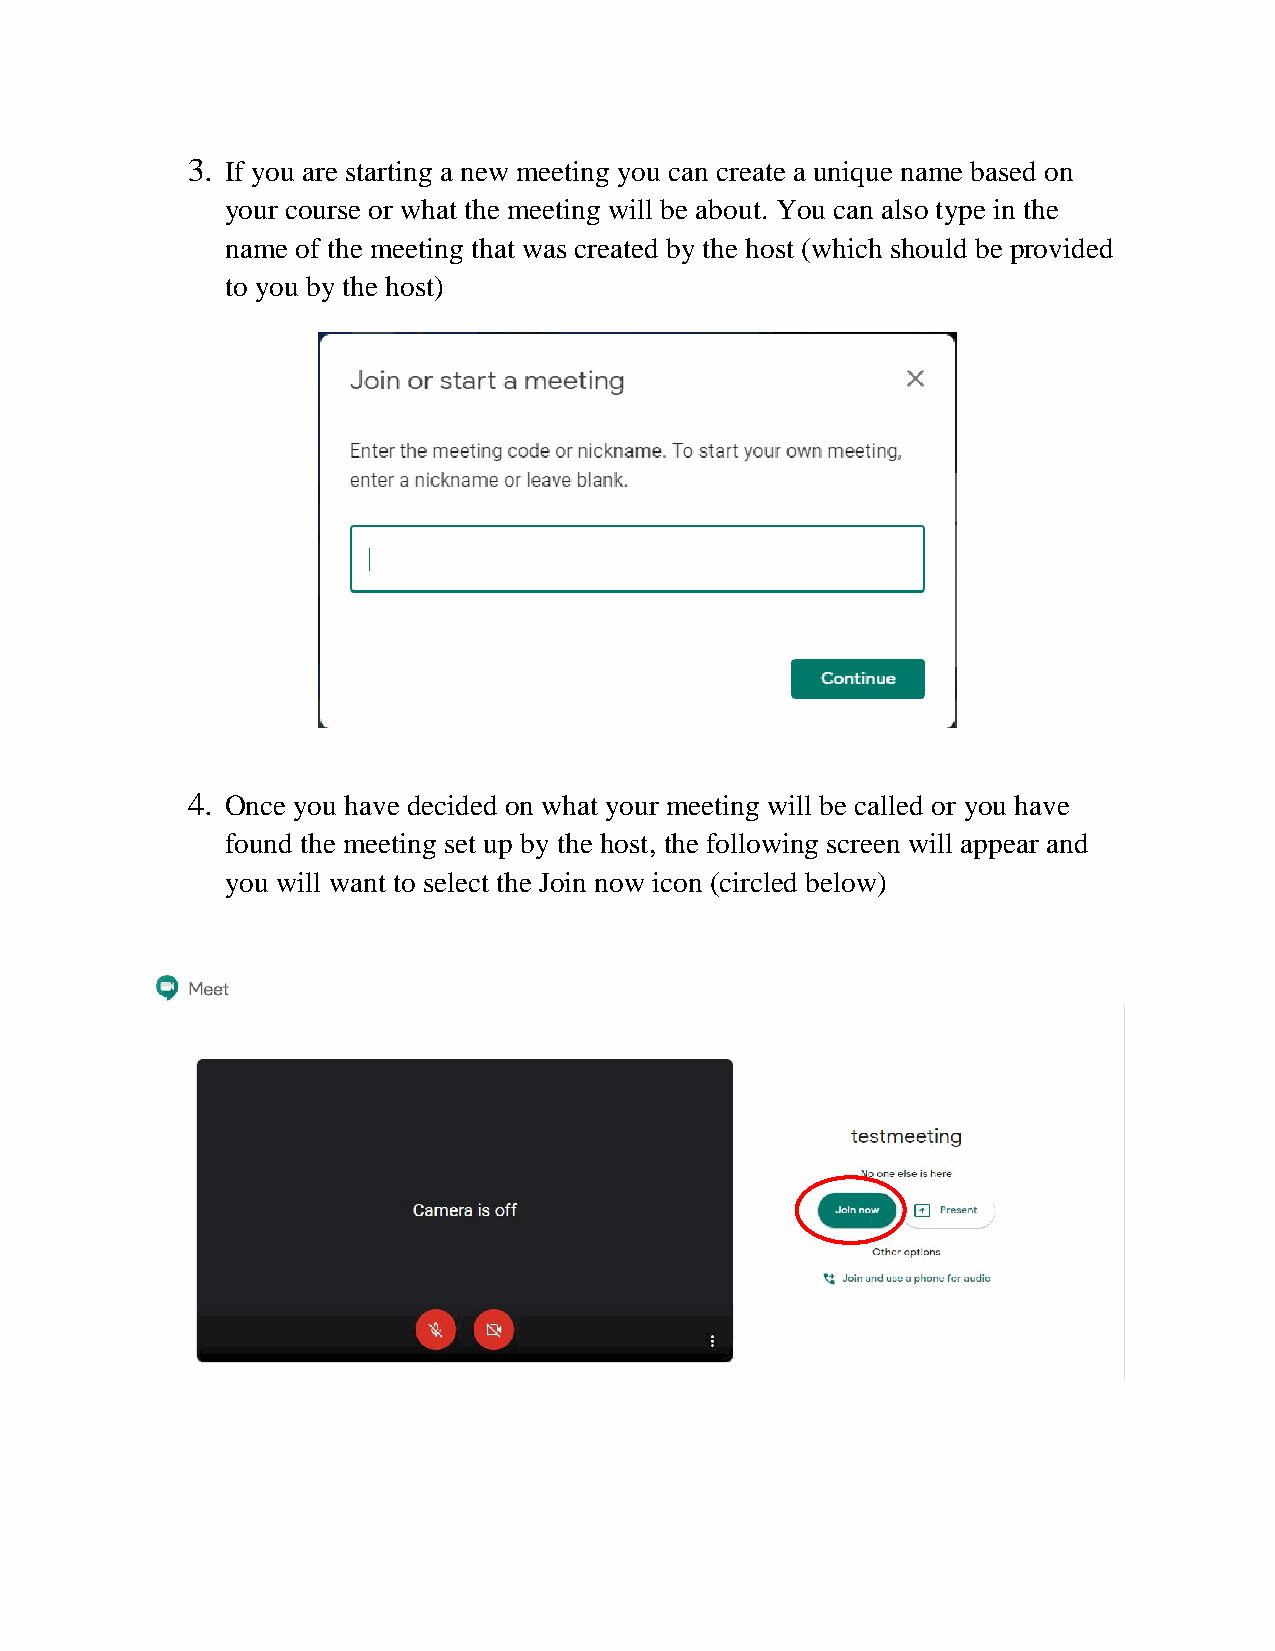
3. If you are starting a new meeting you can create a unique name based on
 your course or what the meeting will be about. You can also type in the
 name of the meeting that was created by the host (which should be provided
 to you by the host)
 4. Once you have decided on what your meeting will be called or you have
 found the meeting set up by the host, the following screen will appear and
 you will want to select the Join now icon (circled below)